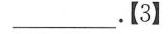
____。【3】